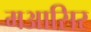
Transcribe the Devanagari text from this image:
मआसिर